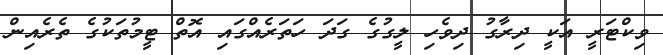
ވިކްޓަރީ އަކީ ދިރާގު ދިވެހި ލީގުގެ ގަދަ ހަތަރެއްގައި އޮތް ޓީމުތަކުގެ ތެރެއިން